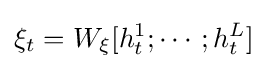
\xi _{t}=W_{\xi }[h_{t}^{1};\cdots ;h_{t}^{L}]